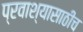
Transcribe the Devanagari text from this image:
प्रवाश्यासाठीच